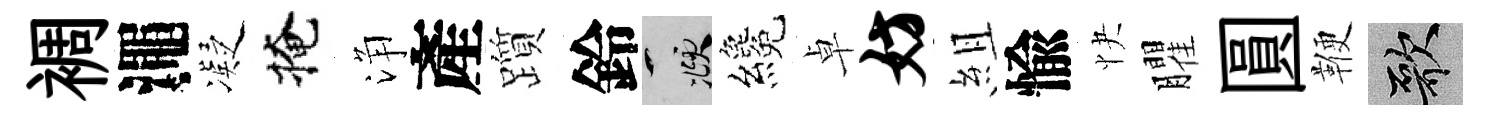
裯澠凝掩浄產躓鈴頫纔卓妨組愉快臞圓鞭歌